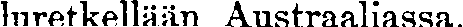
luretkellään Austraaliassa.